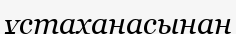
ұстаханасынан